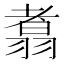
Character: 翥